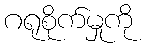
ဂရုစိုက်မှုကို